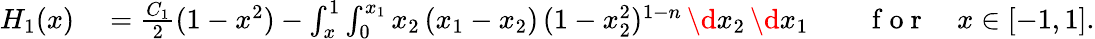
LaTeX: \begin{array}{rlrl}{H_{1}(x)}&{{}=\frac{C_{1}}{2}(1-x^{2})-\int_{x}^{1}\int_{0}^{x_{1}}x_{2}\, (x_{1}-x_{2})\, (1-x_{2}^{2})^{1-n}\, \d x_{2}\, \d x_{1}}&{}&{{}\mathrm{~f~o~r~}\quad x\in[-1,1].}\end{array}